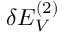
\delta E _ { V } ^ { ( 2 ) }